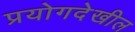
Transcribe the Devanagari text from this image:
प्रयोगदेखील